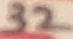
Text: 32